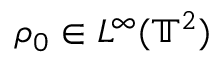
\rho _ { 0 } \in L ^ { \infty } ( \mathbb { T } ^ { 2 } )